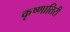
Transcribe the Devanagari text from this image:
कृष्णातिरी